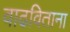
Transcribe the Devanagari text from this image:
वाढविताना